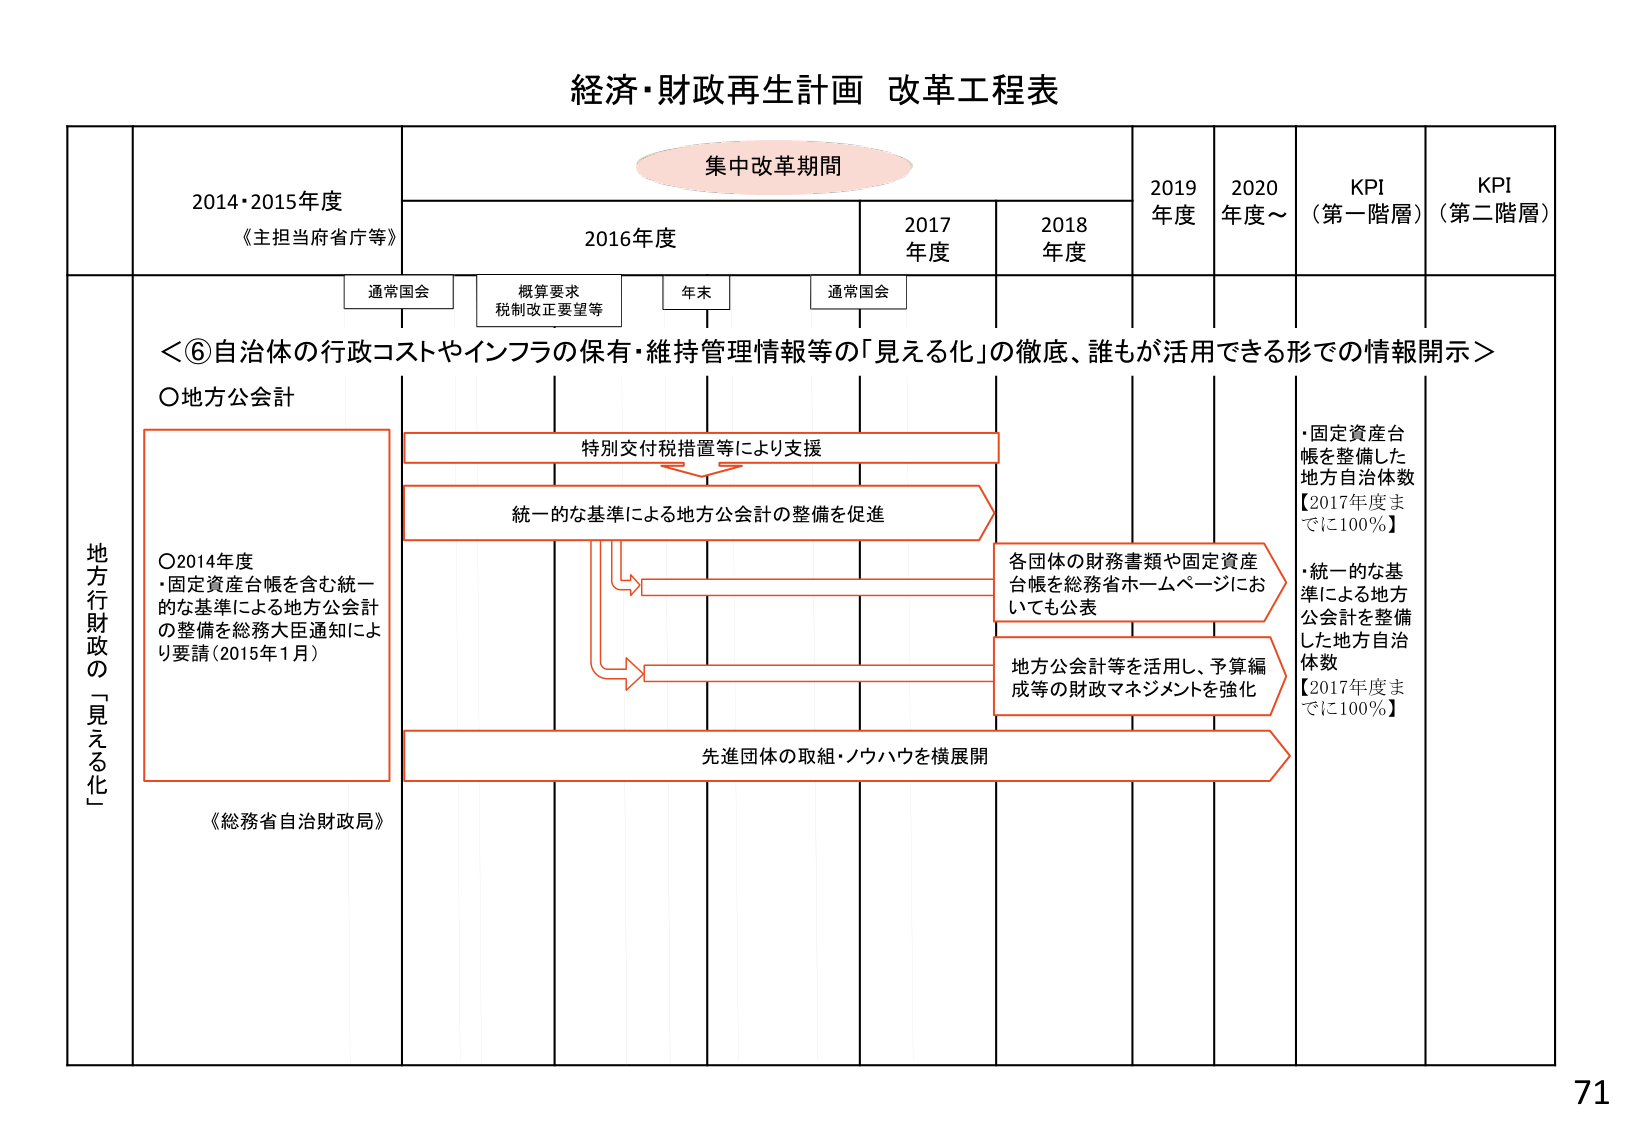
経済・財政再生計画 改革工程表

集中改革期間

2014・2015年度
《主担当府省庁等》

2016年度

2017年度

2018年度

2019年度

2020年度～

KPI（第一階層）

KPI（第二階層）

通常国会

概算要求
税制改正要望等

年末

通常国会

＜⑥自治体の行政コストやインフラの保有・維持管理情報等の「見える化」の徹底、誰もが活用できる形での情報開示＞

○地方公会計

○2014年度
・固定資産台帳を含む統一的な基準による地方公会計の整備を総務大臣通知により要請（2015年1月）

特別交付税措置等により支援

統一的な基準による地方公会計の整備を促進

各団体の財務書類や固定資産台帳を総務省ホームページにおいても公表

地方公会計等を活用し、予算編成等の財政マネジメントを強化

先進団体の取組・ノウハウを横展開

《総務省自治財政局》

・固定資産台帳を整備した地方自治体数
【2017年度までに100％】

・統一的な基準による地方公会計を整備した地方自治体数
【2017年度までに100％】

地方行財政の「見える化」

71